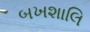
બખશાલિ